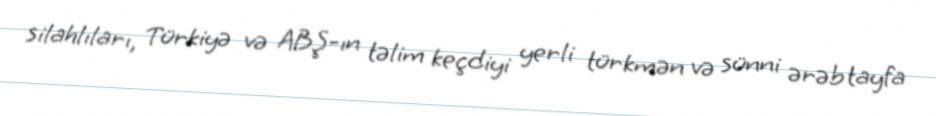
silahlıları, Türkiyə və ABŞ-ın təlim keçdiyi yerli türkmən və sünni ərəb tayfa